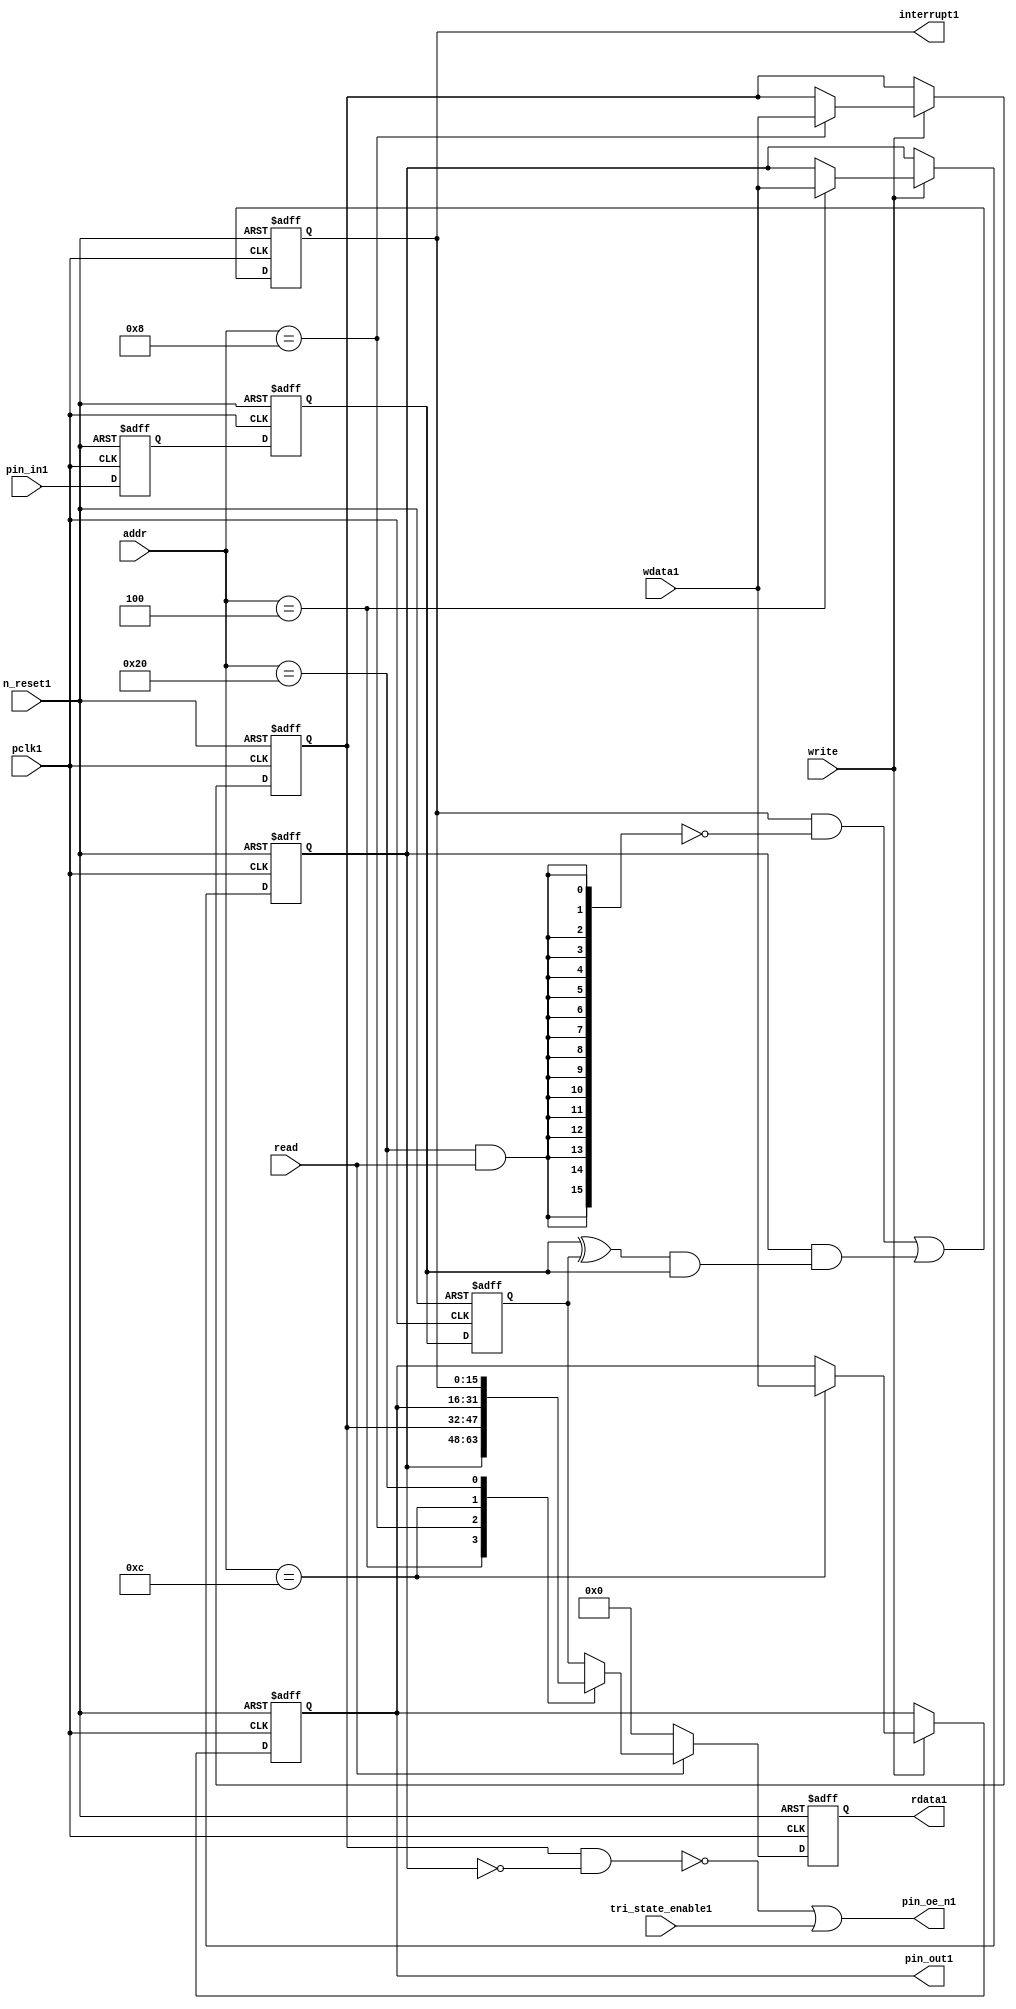
//File1 name   : gpio_lite_subunit1.v
//Title1       : 
//Created1     : 1999
//Description1 : Parametrised1 GPIO1 pin1 circuits1
//Notes1       : 
//----------------------------------------------------------------------
//   Copyright1 1999-2010 Cadence1 Design1 Systems1, Inc1.
//   All Rights1 Reserved1 Worldwide1
//
//   Licensed1 under the Apache1 License1, Version1 2.0 (the
//   "License1"); you may not use this file except1 in
//   compliance1 with the License1.  You may obtain1 a copy of
//   the License1 at
//
//       http1://www1.apache1.org1/licenses1/LICENSE1-2.0
//
//   Unless1 required1 by applicable1 law1 or agreed1 to in
//   writing, software1 distributed1 under the License1 is
//   distributed1 on an "AS1 IS1" BASIS1, WITHOUT1 WARRANTIES1 OR1
//   CONDITIONS1 OF1 ANY1 KIND1, either1 express1 or implied1.  See
//   the License1 for the specific1 language1 governing1
//   permissions1 and limitations1 under the License1.
//----------------------------------------------------------------------


module gpio_lite_subunit1(
  //Inputs1

  n_reset1,
  pclk1,

  read,
  write,
  addr,

  wdata1,
  pin_in1,

  tri_state_enable1,

  //Outputs1
 
  interrupt1,

  rdata1,
  pin_oe_n1,
  pin_out1

);
 
   // Inputs1
   
   // Clocks1   
   input n_reset1;            // asynch1 reset, active low1
   input pclk1;               // Ppclk1

   // Controls1
   input read;               // select1 GPIO1 read
   input write;              // select1 GPIO1 write
   input [5:0] 
         addr;               // address bus of selected master1

   // Dataflow1
   input [15:0]
         wdata1;              // GPIO1 Input1
   input [15:0]
         pin_in1;             // input data from pin1

   //Design1 for Test1 Inputs1
   input [15:0]
         tri_state_enable1;   // disables1 op enable -> Z1




   
   // Outputs1
   
   // Controls1
   output [15:0]
          interrupt1;         // interupt1 for input pin1 change

   // Dataflow1
   output [15:0]
          rdata1;             // GPIO1 Output1
   output [15:0]
          pin_oe_n1;          // output enable signal1 to pin1
   output [15:0]
          pin_out1;           // output signal1 to pin1
   



   
   // Registers1 in module

   //Define1 Physical1 registers in amba_unit1
   reg    [15:0]
          direction_mode1;     // 1=Input1 0=Output1              RW
   reg    [15:0]
          output_enable1;      // Output1 active                 RW
   reg    [15:0]
          output_value1;       // Value outputed1 from reg       RW
   reg    [15:0]
          input_value1;        // Value input from bus          R
   reg    [15:0]
          int_status1;         // Interrupt1 status              R

   // registers to remove metastability1
   reg    [15:0]
          s_synch1;            //stage_two1
   reg    [15:0]
          s_synch_two1;        //stage_one1 - to ext pin1
   
   
    
          
   // Registers1 for outputs1
   reg    [15:0]
          rdata1;              // prdata1 reg
   wire   [15:0]
          pin_oe_n1;           // gpio1 output enable
   wire   [15:0]
          pin_out1;            // gpio1 output value
   wire   [15:0]
          interrupt1;          // gpio1 interrupt1
   wire   [15:0]
          interrupt_trigger1;  // 1 sets1 interrupt1 status
   reg    [15:0]
          status_clear1;       // 1 clears1 interrupt1 status
   wire   [15:0]
          int_event1;          // 1 detects1 an interrupt1 event

   integer ia1;                // loop variable
   


   // address decodes1
   wire   ad_direction_mode1;  // 1=Input1 0=Output1              RW
   wire   ad_output_enable1;   // Output1 active                 RW
   wire   ad_output_value1;    // Value outputed1 from reg       RW
   wire   ad_int_status1;      // Interrupt1 status              R
   
//Register addresses1
//If1 modifying1 the APB1 address (PADDR1) width change the following1 bit widths1
parameter GPR_DIRECTION_MODE1   = 6'h04;       // set pin1 to either1 I1 or O1
parameter GPR_OUTPUT_ENABLE1    = 6'h08;       // contains1 oe1 control1 value
parameter GPR_OUTPUT_VALUE1     = 6'h0C;       // output value to be driven1
parameter GPR_INPUT_VALUE1      = 6'h10;       // gpio1 input value reg
parameter GPR_INT_STATUS1       = 6'h20;       // Interrupt1 status register

//Reset1 Values1
//If1 modifying1 the GPIO1 width change the following1 bit widths1
//parameter GPRV_RSRVD1            = 32'h0000_0000; // Reserved1
parameter GPRV_DIRECTION_MODE1  = 32'h00000000; // Default to output mode
parameter GPRV_OUTPUT_ENABLE1   = 32'h00000000; // Default 3 stated1 outs1
parameter GPRV_OUTPUT_VALUE1    = 32'h00000000; // Default to be driven1
parameter GPRV_INPUT_VALUE1     = 32'h00000000; // Read defaults1 to zero
parameter GPRV_INT_STATUS1      = 32'h00000000; // Int1 status cleared1



   //assign ad_bypass_mode1    = ( addr == GPR_BYPASS_MODE1 );   
   assign ad_direction_mode1 = ( addr == GPR_DIRECTION_MODE1 );   
   assign ad_output_enable1  = ( addr == GPR_OUTPUT_ENABLE1 );   
   assign ad_output_value1   = ( addr == GPR_OUTPUT_VALUE1 );   
   assign ad_int_status1     = ( addr == GPR_INT_STATUS1 );   

   // assignments1
   
   assign interrupt1         = ( int_status1);

   assign interrupt_trigger1 = ( direction_mode1 & int_event1 ); 

   assign int_event1 = ((s_synch1 ^ input_value1) & ((s_synch1)));

   always @( ad_int_status1 or read )
   begin : p_status_clear1

     for ( ia1 = 0; ia1 < 16; ia1 = ia1 + 1 )
     begin

       status_clear1[ia1] = ( ad_int_status1 & read );

     end // for ia1

   end // p_status_clear1

   // p_write_register1 : clocked1 / asynchronous1
   //
   // this section1 contains1 all the code1 to write registers

   always @(posedge pclk1 or negedge n_reset1)
   begin : p_write_register1

      if (~n_reset1)
      
       begin
         direction_mode1  <= GPRV_DIRECTION_MODE1;
         output_enable1   <= GPRV_OUTPUT_ENABLE1;
         output_value1    <= GPRV_OUTPUT_VALUE1;
       end
      
      else 
      
       begin
      
         if (write == 1'b1) // Write value to registers
      
          begin
              
            // Write Mode1
         
            if ( ad_direction_mode1 ) 
               direction_mode1 <= wdata1;
 
            if ( ad_output_enable1 ) 
               output_enable1  <= wdata1;
     
            if ( ad_output_value1 )
               output_value1   <= wdata1;

              

           end // if write
         
       end // else: ~if(~n_reset1)
      
   end // block: p_write_register1



   // p_metastable1 : clocked1 / asynchronous1 
   //
   // This1 process  acts1 to remove  metastability1 propagation
   // Only1 for input to GPIO1
   // In Bypass1 mode pin_in1 passes1 straight1 through

   always @(posedge pclk1 or negedge n_reset1)
      
   begin : p_metastable1
      
      if (~n_reset1)
        begin
         
         s_synch1       <= {16 {1'b0}};
         s_synch_two1   <= {16 {1'b0}};
         input_value1   <= GPRV_INPUT_VALUE1;
         
        end // if (~n_reset1)
      
      else         
        begin
         
         input_value1   <= s_synch1;
         s_synch1       <= s_synch_two1;
         s_synch_two1   <= pin_in1;

        end // else: ~if(~n_reset1)
      
   end // block: p_metastable1


   // p_interrupt1 : clocked1 / asynchronous1 
   //
   // These1 lines1 set and clear the interrupt1 status

   always @(posedge pclk1 or negedge n_reset1)
   begin : p_interrupt1
      
      if (~n_reset1)
         int_status1      <= GPRV_INT_STATUS1;
      
      else 
         int_status1      <= ( int_status1 & ~(status_clear1) // read & clear
                            ) |
                            interrupt_trigger1;             // new interrupt1
        
   end // block: p_interrupt1
   
   
   // p_read_register1  : clocked1 / asynchronous1 
   //
   // this process registers the output values

   always @(posedge pclk1 or negedge n_reset1)

      begin : p_read_register1
         
         if (~n_reset1)
         
           begin

            rdata1 <= {16 {1'b0}};

           end
           
         else //if not reset
         
           begin
         
            if (read == 1'b1)
            
              begin
            
               case (addr)
            
                  
                  GPR_DIRECTION_MODE1:
                     rdata1 <= direction_mode1;
                  
                  GPR_OUTPUT_ENABLE1:
                     rdata1 <= output_enable1;
                  
                  GPR_OUTPUT_VALUE1:
                     rdata1 <= output_value1;
                  
                  GPR_INT_STATUS1:
                     rdata1 <= int_status1;
                  
                  default: // if GPR_INPUT_VALUE1 or unmapped reg addr
                     rdata1 <= input_value1;
            
               endcase
            
              end //end if read
            
            else //in not read
            
              begin // if not a valid read access, keep1 '0'-s 
              
               rdata1 <= {16 {1'b0}};
              
              end //end if not read
              
           end //end else if not reset

      end // p_read_register1


   assign pin_out1 = 
        ( output_value1 ) ;
     
   assign pin_oe_n1 = 
      ( ( ~(output_enable1 & ~(direction_mode1)) ) |
        tri_state_enable1 ) ;

                
  
endmodule // gpio_subunit1